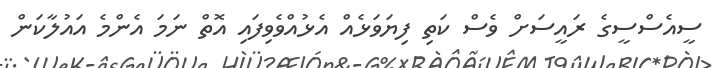
ސީއެސްސީގެ ރައީސަށް ވެސް ކަތި ފިޔަވަޅެއް އެޅުއްވެވިފައި އޮތް ނަމަ އެންމެ އައުލާކަން